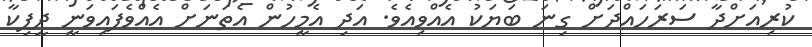
ކުރިއަށްދާ ސަރަހައްދަށް ގިނަ ބަޔަކު އެއްވިއެވެ. އަދި އެމީހުން އެތަނަށް އެއްވެފައިވަނީ ދީޕިކާ